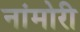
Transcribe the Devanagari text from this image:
नांमोरी